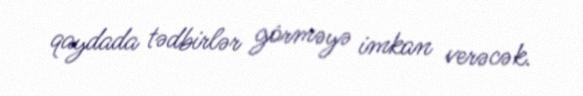
qaydada tədbirlər görməyə imkan verəcək.